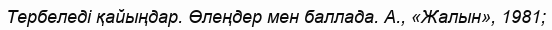
Тербеледі қайыңдар. Өлеңдер мен баллада. А., «Жалын», 1981;